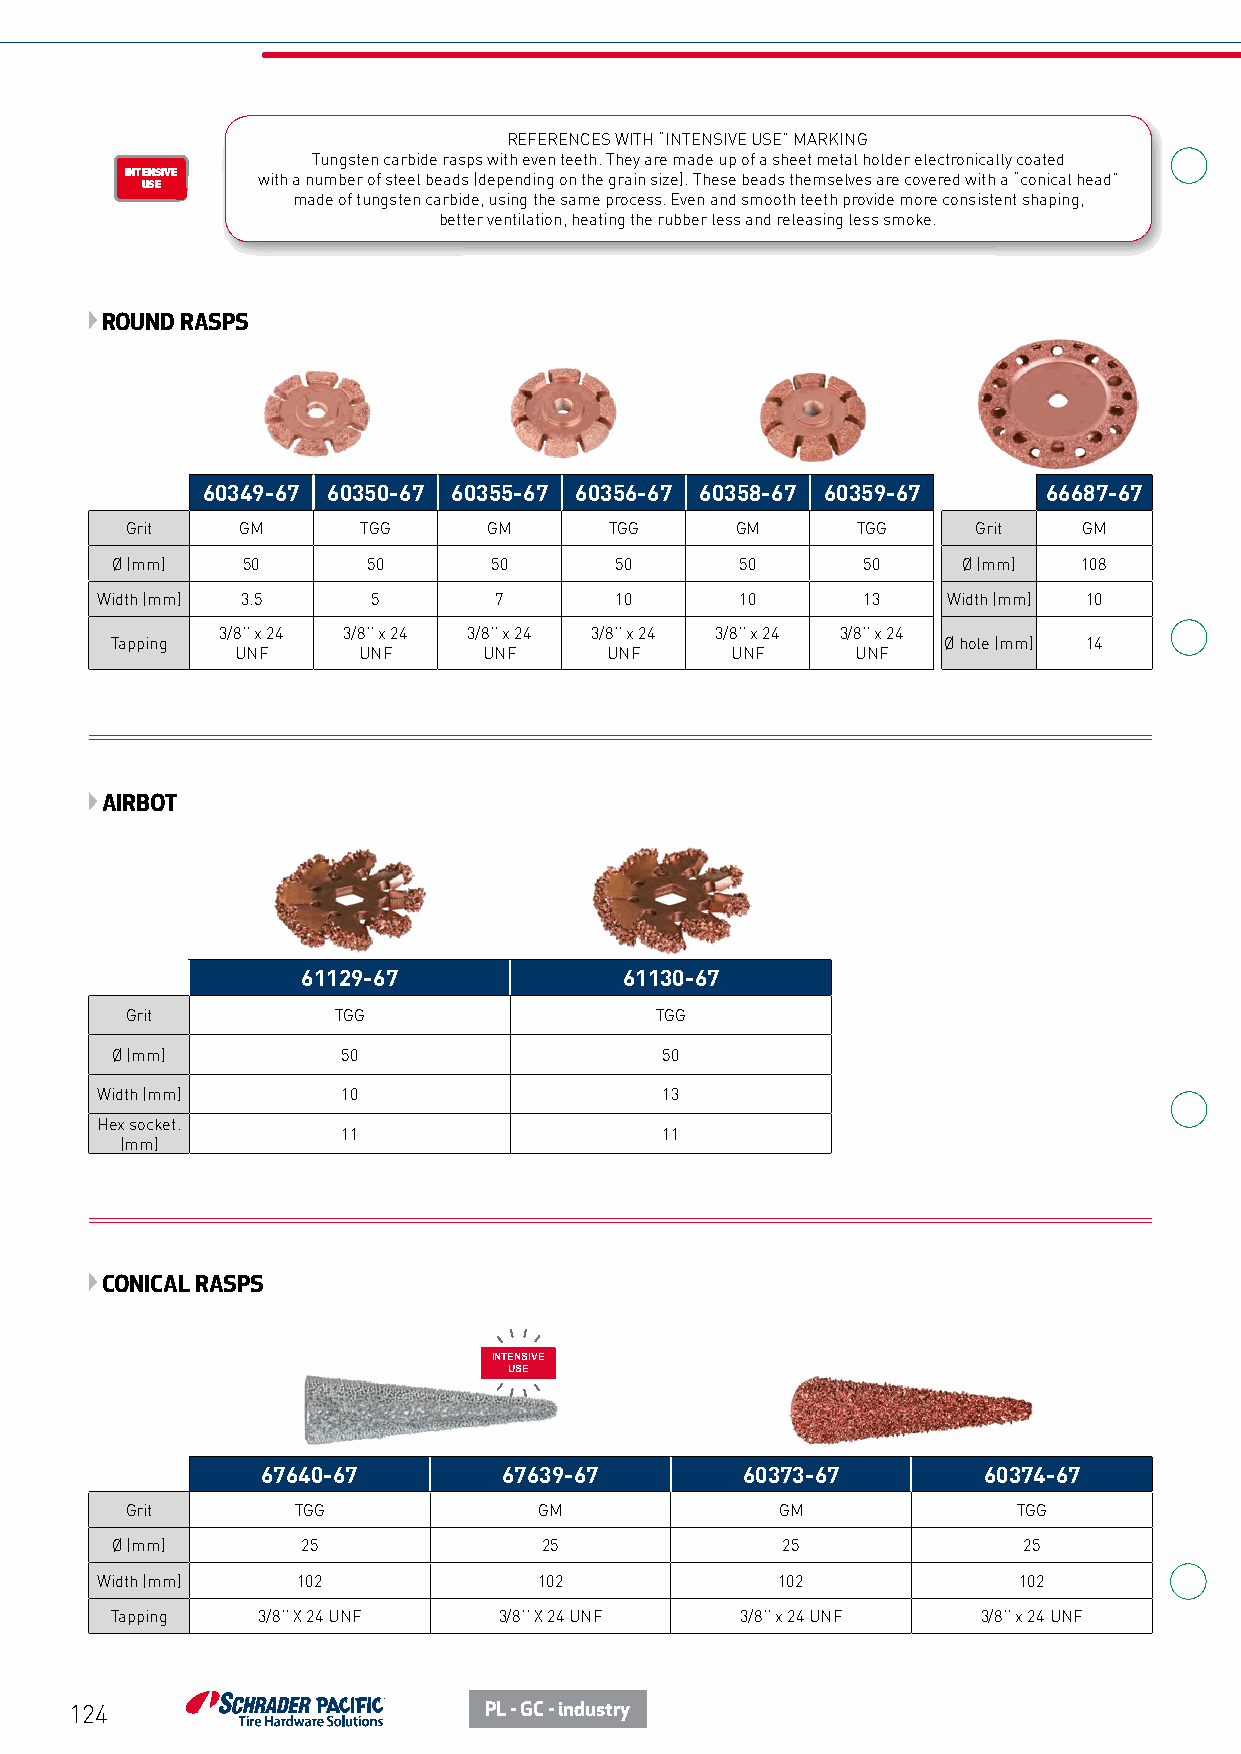
REFERENCES WITH “INTENSIVE USE” MARKING
 Tungsten carbide rasps with even teeth. They are made up of a sheet metal holder electronically coated
 INTENSIVE with a number of steel beads (depending on the grain size). These beads themselves are covered with a “conical head”
 USE
 made of tungsten carbide, using the same process. Even and smooth teeth provide more consistent shaping,
 better ventilation, heating the rubber less and releasing less smoke.
 ENROULEUR
 ÉCO
 ROUND RASPS
 60349-67 60350-67 60355-67 60356-67 60358-67 60359-67   66687-67
 Grit    GM      TGG     GM      TGG      GM      TGG     Grit   GM
 Ø (mm)   50      50      50       50      50      50     Ø (mm)  108
 Width (mm) 3.5     5       7       10      10      13    Width (mm) 10
 3/8’’ x 24 3/8’’ x 24 3/8’’ x 24 3/8’’ x 24 3/8’’ x 24 3/8’’ x 24
 Tapping                                                Ø hole (mm) 14
 UNF     UNF     UNF     UNF     UNF      UNF
 AIRBOT
 61129-67             61130-67
 Grit          TGG                  TGG
 Ø (mm)          50                   50
 Width (mm)       10                   13
 Hex socket.
 11                   11
 (mm)
 CONICAL RASPS
 INTENSIVE
 USE
 67640-67        67639-67        60373-67        60374-67
 Grit       TGG              GM              GM             TGG
 Ø (mm)       25              25              25              25
 Width (mm)    102             102            102             102
 Tapping   3/8’’ X 24 UNF  3/8’’ X 24 UNF  3/8’’ x 24 UNF  3/8’’ x 24 UNF
 124                        PL - GC - industry